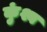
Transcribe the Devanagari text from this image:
कुंश्व